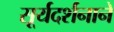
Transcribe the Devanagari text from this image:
सूर्यदर्शनानें